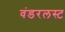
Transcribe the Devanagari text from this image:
वंडरलस्ट